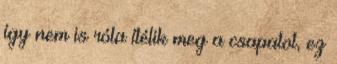
így nem is róla ítélik meg a csapatot, ez